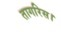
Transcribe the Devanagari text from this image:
तागरिस।